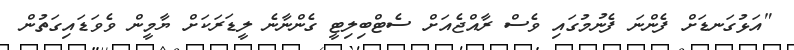
"އަޅުގަނޑަށް ފެންނަ ފެނުމުގައި ވެސް ރާއްޖެއަށް ސެޓްބިލިޓީ ގެންނާނެ ލީޑަރަކަށް ޔާމީން ވެވަޑައިގަތުން